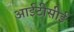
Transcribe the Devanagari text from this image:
आईटीसीई